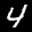
Label: 4